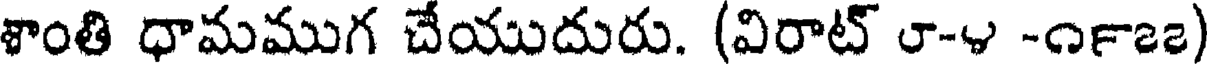
శాంతి ధామముగ చేయుదురు. (విరాట్ ౮-౪ -౧౯౭౭)